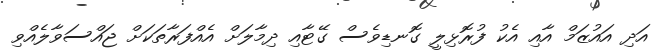
އަދި އައުޒަމް އާއި އެކު ފުރޮޅިލީ ގޮނޑިވެސް ގޭޓާއި ދިމާލަށް އެއްފަރާތަކަށް ޖައްސަވާލެއްވި